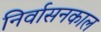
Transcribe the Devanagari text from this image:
निर्वासनकाल